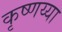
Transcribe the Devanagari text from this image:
कृष्णय्या